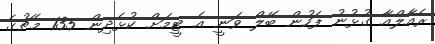
ރެއާލްއާ ގުޅުނު ފަހުން ބޭލް ވަނީ އެ ޓީމަށް ކުޅެދިން 135 މެޗުގެ